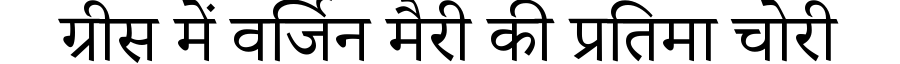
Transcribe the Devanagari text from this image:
ग्रीस में वर्जिन मैरी की प्रतिमा चोरी